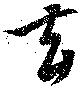
玄